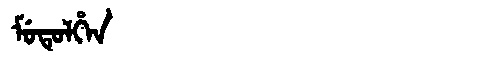
Manchu: ᠮᡠᡨᡠᠯᡥᡝᠨ
Romanization: MUTULHEN